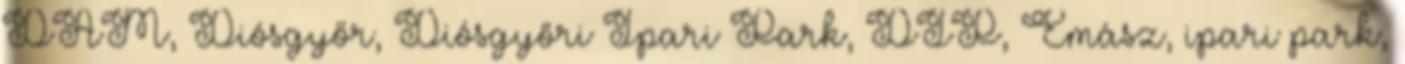
DAM, Diósgyőr, Diósgyőri Ipari Park, DIP, Émász, ipari park,